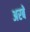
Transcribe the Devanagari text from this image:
अरबें